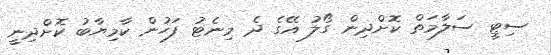
ސިޓީ ސަލާމަތް ކޮށްދިން ގޯލު އޭގެ ދެ މިނެޓު ފަހުން ކާމިޔާބު ކޮށްދިނީ